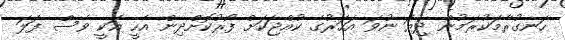
ހަނގުރާމަކުރަމުން ދިޔަ ނުވަ އަހަރުގެ ކުއްޖަކަށް ފޯރުކޮށްދިން އެހީ އަކީ ވެސް ފަލަ